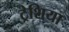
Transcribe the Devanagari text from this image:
ट्रेशिया